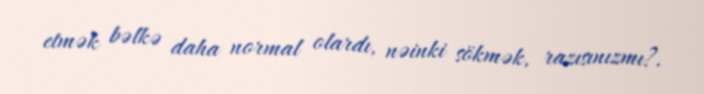
etmək bəlkə daha normal olardı, nəinki sökmək, razısınızmı?.